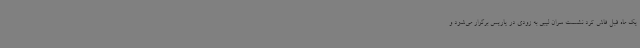
یک ماه قبل فاش کرد نشست سران لیبی به زودی در پاریس برگزار می‌شود و